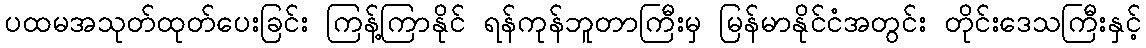
ပထမအသုတ်ထုတ်ပေးခြင်း ကြန့်ကြာနိုင် ရန်ကုန်ဘူတာကြီးမှ မြန်မာနိုင်ငံအတွင်း တိုင်းဒေသကြီးနှင့်